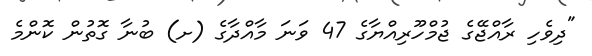
"ދިވެހި ރާއްޖޭގެ ޖުމްހޫރިއްޔާގެ 47 ވަނަ މާއްދާގެ (ށ) ބުނާ ގޮތުން ކޮންމެ